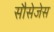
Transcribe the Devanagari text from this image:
सौसेजेस